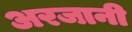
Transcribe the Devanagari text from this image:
अरजानी